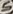
Text: 5